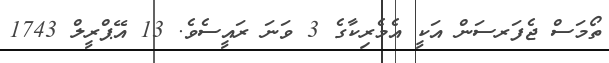
ތޯމަސް ޖެފަރސަން އަކީ އެމެރިކާގެ 3 ވަނަ ރައީސެވެ. 13 އޭޕްރީލް 1743